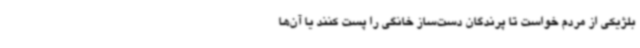
بلژیکی از مردم خواست تا پرندگان دست‌ساز خانگی را پست کنند یا آن‌ها